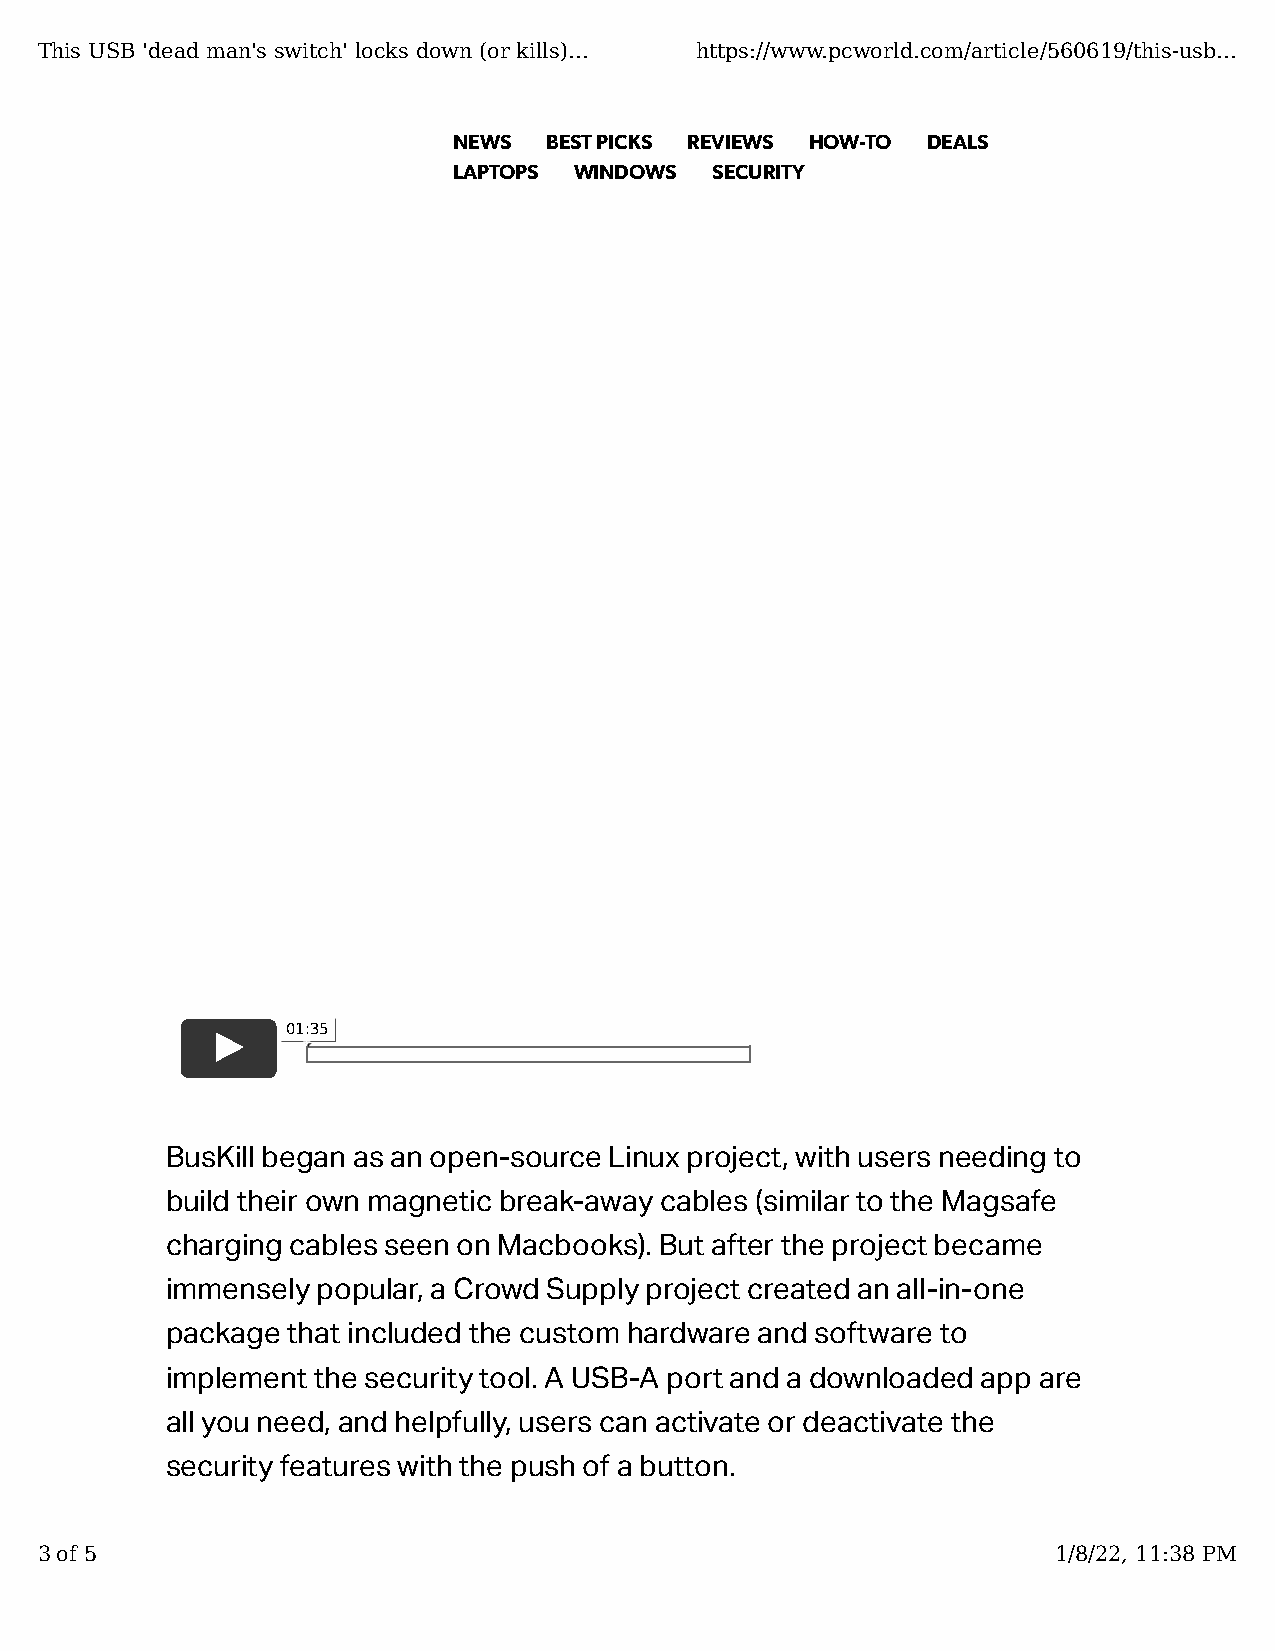
This USB 'dead man's switch' locks down (or kills)... https://www.pcworld.com/article/560619/this-usb...
 NEWS  BEST PICKS REVIEWS HOW-TO DEALS
 LAPTOPS WINDOWS  SECURITY
 01:35
 BusKill began as an open-source Linux project, with users needing to
 build their own magnetic break-away cables (similar to the Magsafe
 charging cables seen on Macbooks). But after the project became
 immensely popular, a Crowd Supply project created an all-in-one
 package that included the custom hardware and software to
 implement the security tool. A USB-A port and a downloaded app are
 all you need, and helpfully, users can activate or deactivate the
 security features with the push of a button.
 3 of 5                                                              1/8/22, 11:38 PM